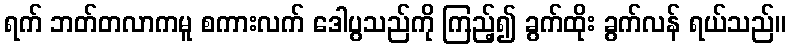
ရက် ဘတ်တလာကမူ စကားလက် ဒေါပွသည်ကို ကြည့်၍ ခွက်ထိုး ခွက်လန် ရယ်သည်။